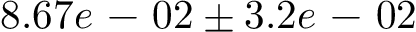
8 . 6 7 e \mathrm { ~ - ~ } 0 2 \pm 3 . 2 e \mathrm { ~ - ~ } 0 2